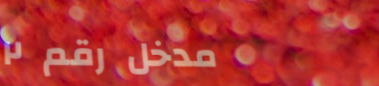
مدخل رقم ٢